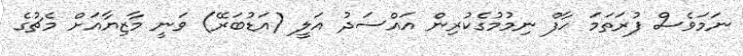
ނަމަވެސް ފުރަތަމަ ހާފް ނިމުމުގެކުރިން އައްސަދު އަލީ (އަޑުބަރޭ) ވަނީ މާޒިޔާއަށް މެޗުގެ